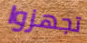
تجهزوا